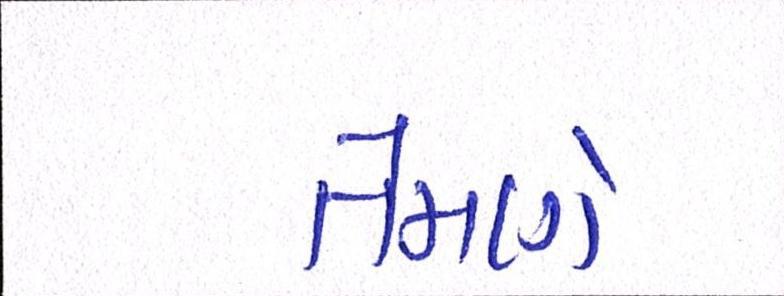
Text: તેમણે